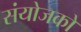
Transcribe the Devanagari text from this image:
संयोजको